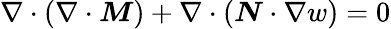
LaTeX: \nabla\cdot(\nabla\cdot\boldsymbol{{M}})+\nabla\cdot\left(\boldsymbol{{N}}\cdot\nabla w\right)=0